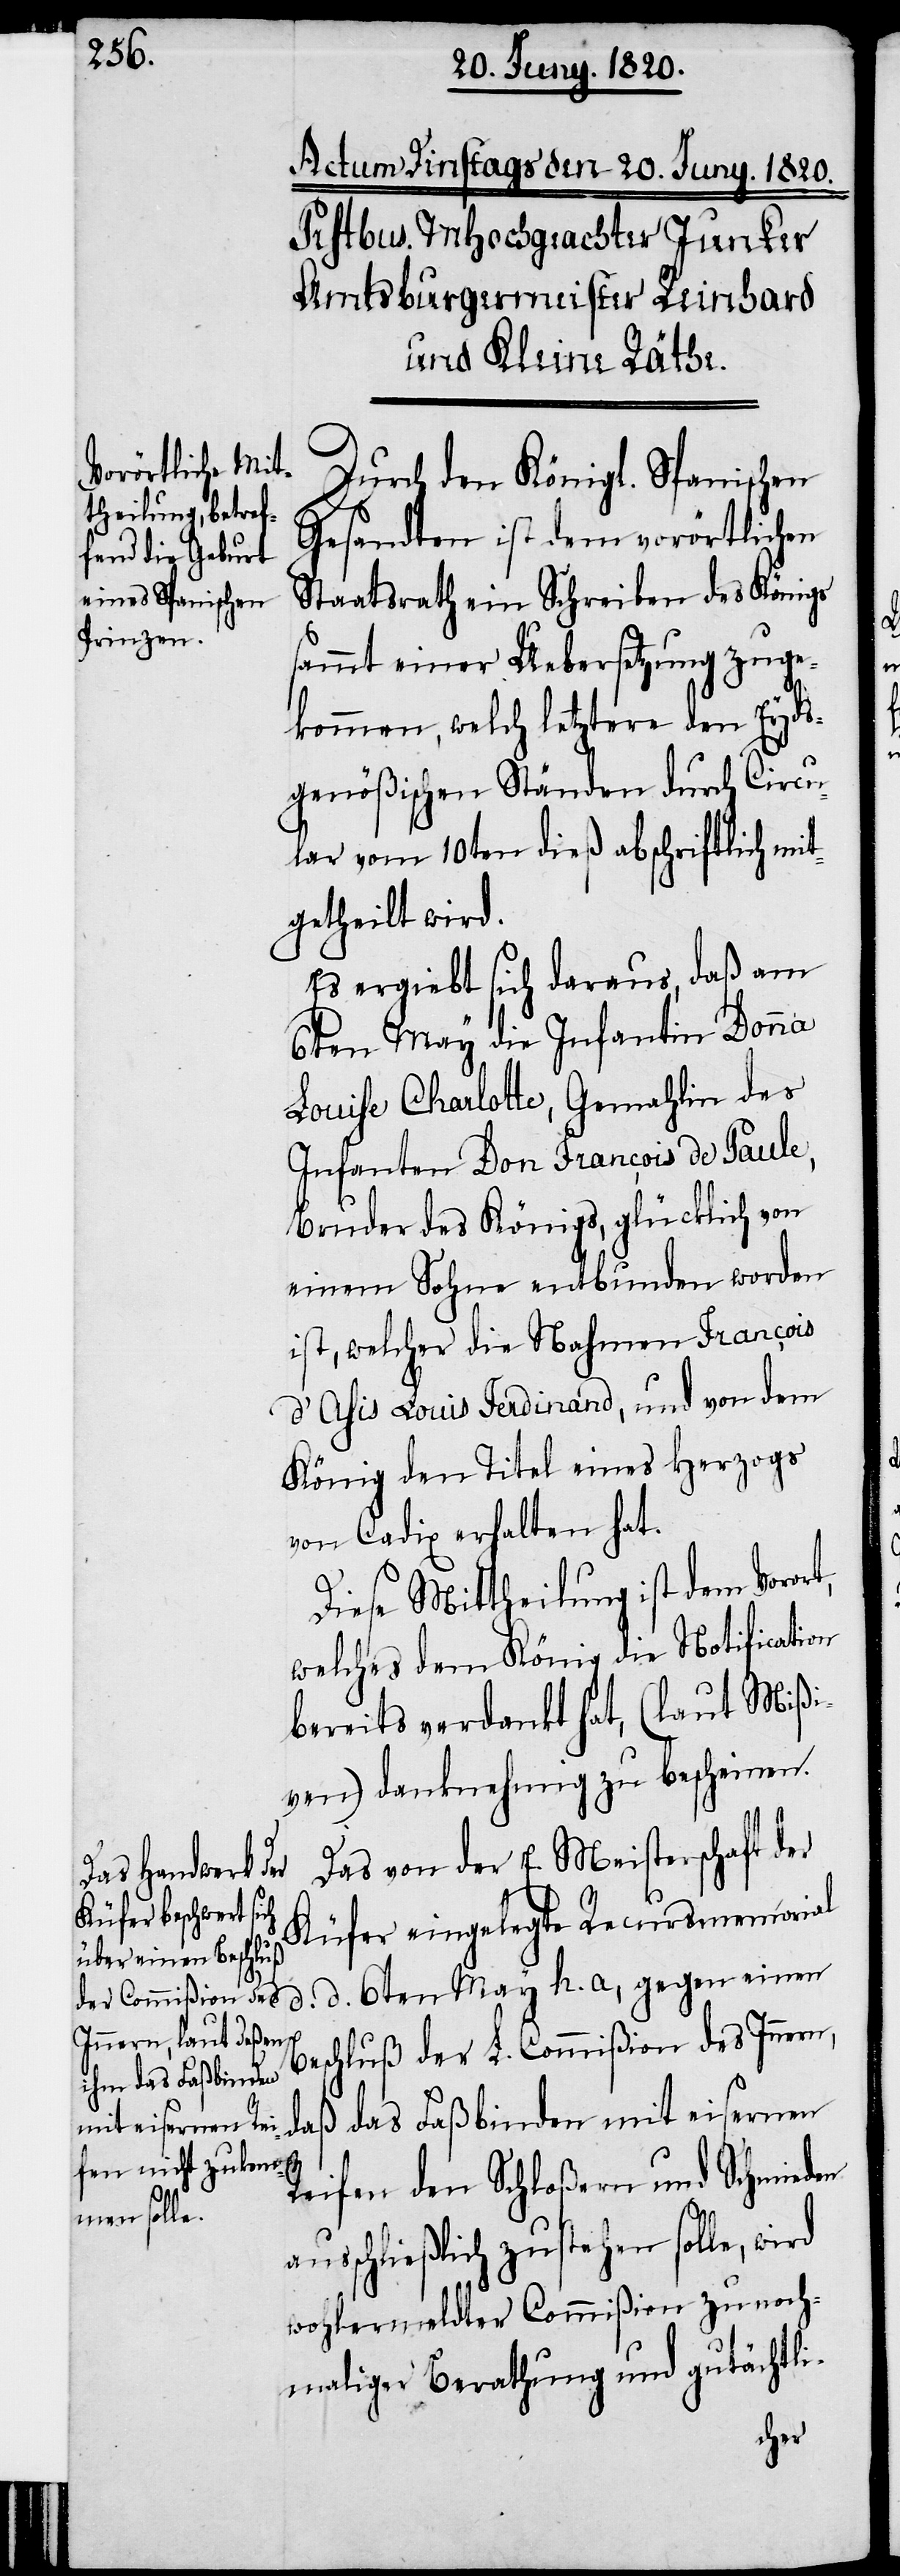
Durch den Königl. Spanischen
Gesandten ist dem vorörtlichen
Staatsrath ein Schreiben des Königs
sammt einer Uebersetzung zuge¬
kommen, welch letztere den Eyds¬
genößischen Ständen durch Circu¬
lar vom 10ten dieß abschriftlich mit¬
getheilt wird.
Es ergiebt sich daraus, daß am
6ten May die Infantin Donna
Louise Charlotte, Gemahlin des
Infanten Don François de Paule,
Bruder des Königs, glücklich von
einem Sohn entbunden worden
ist, welcher die Nahmen François
d’Ahis Louis Ferdinand, und von dem
König den Titel eines Herzogs
von Cadix erhalten hat.
Diese Mittheilung ist dem Vorort,
welches dem König die Notification
bereits verdankt hat, (laut Mißi¬
ven) danknehmig zu bescheinen.
Das von der E. Meisterschaft der
h.
Küfer eingelegte Recursmemorial
Beschluß der L. Commißion des Innern,
daß das Faßbinden mit eisernen
Reifen den Schloßern und Schmieden
ausschließlich zustehen solle, wird
wohlermeldter Commißion zu noch¬
maliger Berathung und gutächtli-